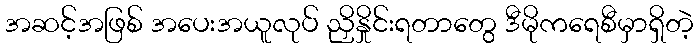
အဆင့်အဖြစ် အပေးအယူလုပ် ညှိနှိုင်းရတာတွေ ဒီမိုကရေစီမှာရှိတဲ့